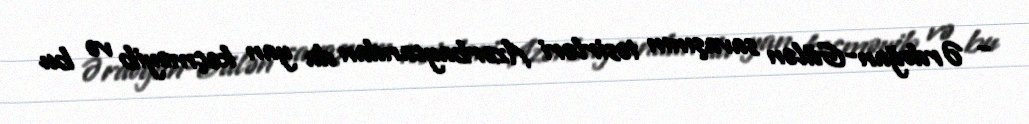
- Ərdoğan-Gülən savaşının təsirləri Azərbaycandan da yan keçməyib və bu